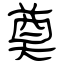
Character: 奠